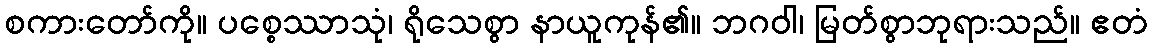
စကားတော်ကို။ ပစ္စေဿာသုံ၊ ရိုသေစွာ နာယူကုန်၏။ ဘဂဝါ၊ မြတ်စွာဘုရားသည်။ ဧတံ